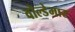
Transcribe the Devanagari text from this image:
वोल्डेमार